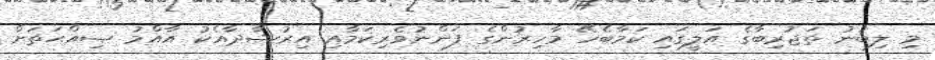
މި ލިބުނު ތަޖުރިބާގެ އަލީގައި ކަމާބެހޭ މާހިރުންގެ ފަންނުވެރިކަމާއި އިރުޝާދާއެކު އާއްމު ޞިއްޙަތަށް